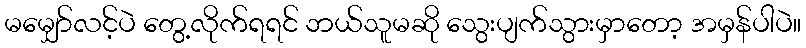
မမျှော်လင့်ပဲ တွေ့လိုက်ရရင် ဘယ်သူမဆို သွေးပျက်သွားမှာတော့ အမှန်ပါပဲ။